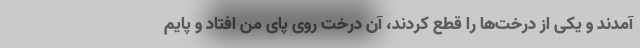
آمدند و یکی از درخت‌ها را قطع کردند، آن درخت روی پای من افتاد و پایم